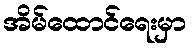
အိမ်ထောင်ရေးမှာ